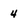
Character: 4